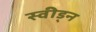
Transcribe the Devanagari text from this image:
स्वीड्न